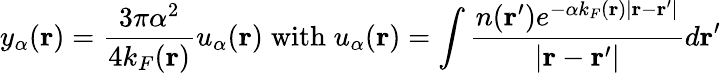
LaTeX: y_{\alpha}(\mathbf{r})=\frac{3\pi\alpha^{2}}{4k_{F}(\mathbf{r})}u_{\alpha}(\mathbf{r})\; \textrm{with}\; u_{\alpha}(\mathbf{r})=\int\frac{n(\mathbf{r}^{\prime})e^{-\alpha k_{F}(\mathbf{r})|\mathbf{r}-\mathbf{r}^{\prime}|}}{|\mathbf{r}-\mathbf{r}^{\prime}|}d\mathbf{r}^{\prime}